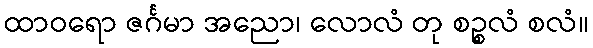
ထာဝရော ဇင်္ဂမာ အညော၊ လောလံ တု စဉ္စလံ စလံ။